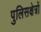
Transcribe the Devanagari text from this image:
पुलिसक्षेत्रों